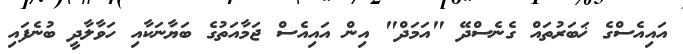
އައިއެސްގެ ޚަބަރުތައް ގެނެސްދޭ "އަމަދް" އިން އައިއެސް ޖަމާއަތުގެ ބަޔާނަކާއި ހަވާލާދީ ބުނެފައި